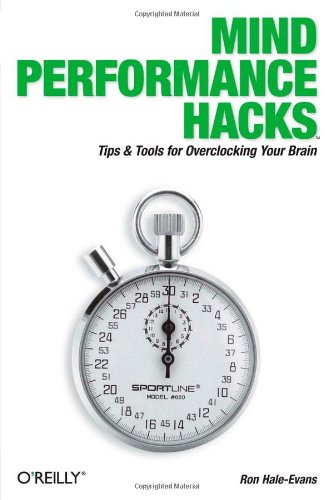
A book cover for Mind Performance Hacks: Tips & Tools for Overclocking Your Brain; Ron Hale-Evans; Self-Help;